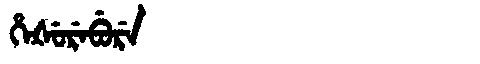
Manchu: ᡥᡝᡧᡠᡵᡝᠪᡠᡵᡝ
Romanization: HEŠUREBURE